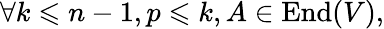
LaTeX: \forall k\leqslant n-1,p\leqslant k,A\in\operatorname{End}(V),